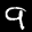
Label: 9